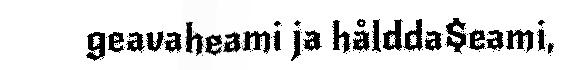
geavaheami ja håldda$eami,